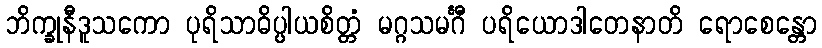
ဘိက္ခုနီဒူသကော ပုရိသာဓိပ္ပါယစိတ္တံ မဂ္ဂသမင်္ဂီ ပရိယောဒါတေနာတိ ရောစေန္တော